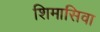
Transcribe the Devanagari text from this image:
शिमासिवा